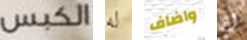
الكبس له واضاف أن